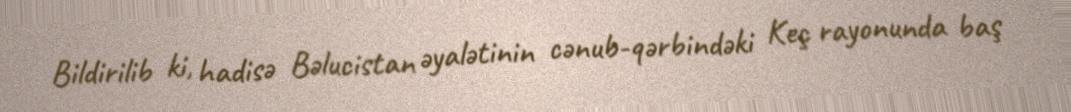
Bildirilib ki, hadisə Bəlucistan əyalətinin cənub-qərbindəki Keç rayonunda baş